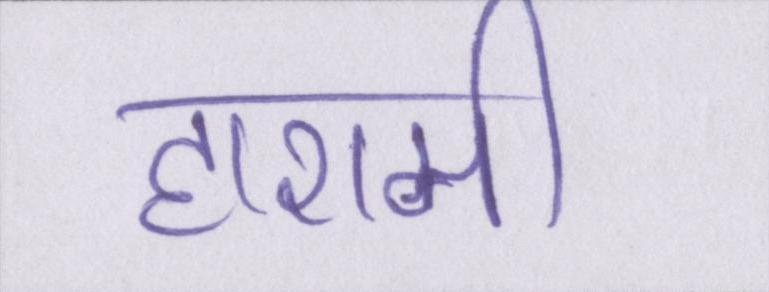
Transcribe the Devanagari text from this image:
हाशमी